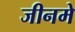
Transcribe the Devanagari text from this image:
जीनमे